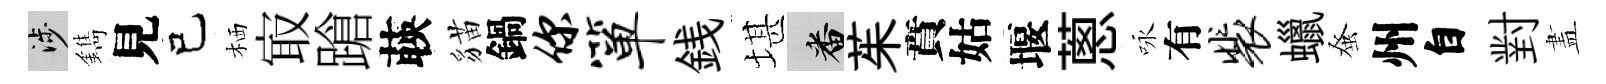
涉鐫見己栖㝡蹌𦴤貓鍋你箪銭堪番茱賁姑堰蔥咏有裴蠟𫊫州自對𥁞